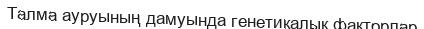
Талма ауруының дамуында генетикалық факторлар